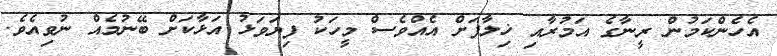
އެހެންކަމުން ރީނާގެ އަމުރާއި ޚިލާފަށް އެއްވެސް މީހަކު ފިޔަވަޅު އަޅާކަށް ބޭނުމެއް ނުވިއެވެ.